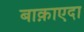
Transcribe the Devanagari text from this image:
बाक़ाएदा